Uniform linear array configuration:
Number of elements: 32
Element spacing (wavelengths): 0.25
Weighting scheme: uniform
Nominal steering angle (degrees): -60
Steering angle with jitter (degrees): -60.527
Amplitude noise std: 0.05
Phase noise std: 0.05

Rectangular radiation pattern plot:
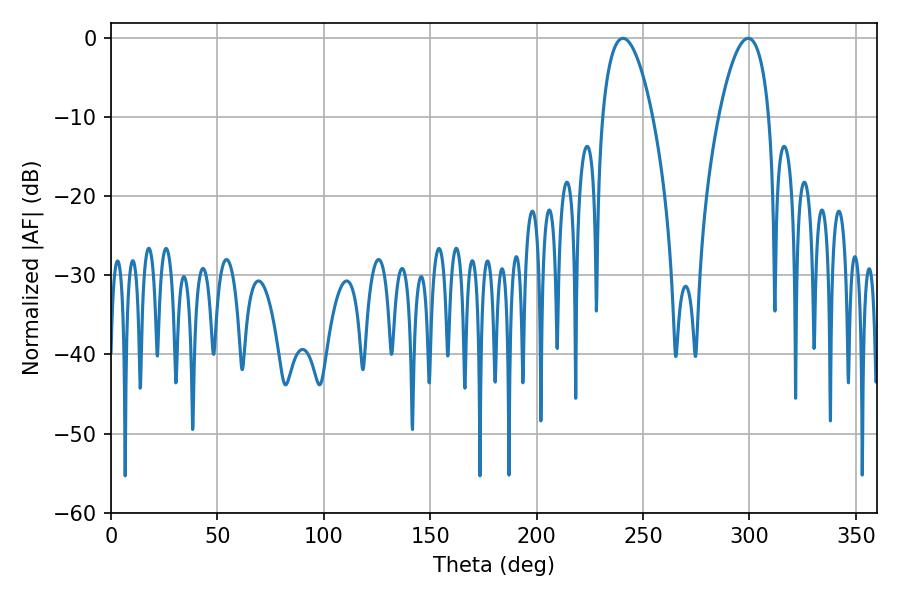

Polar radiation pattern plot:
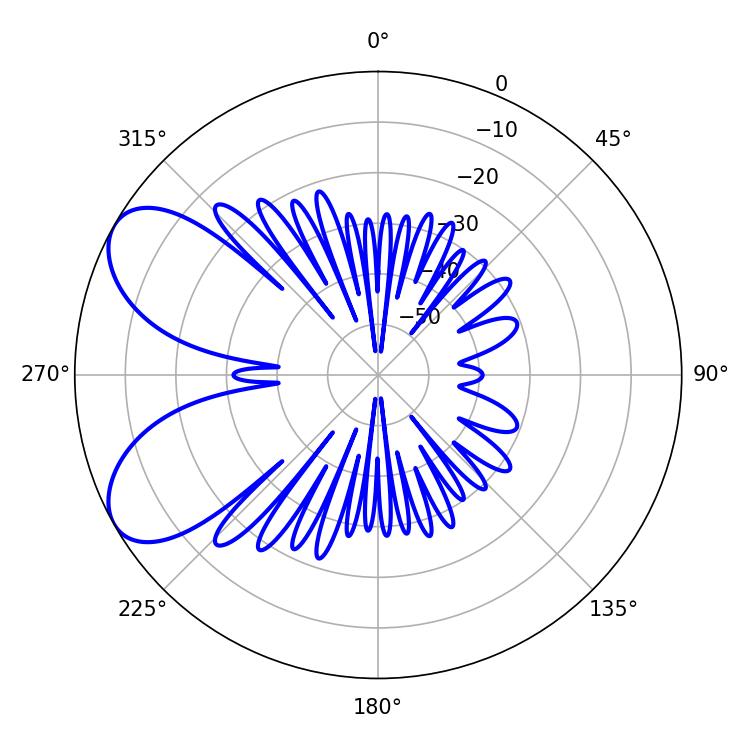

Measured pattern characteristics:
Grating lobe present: FALSE
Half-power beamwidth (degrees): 13.14
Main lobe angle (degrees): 240.66